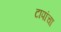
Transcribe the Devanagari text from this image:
टापांचा